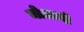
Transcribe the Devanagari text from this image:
मोआदी